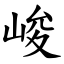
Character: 峻